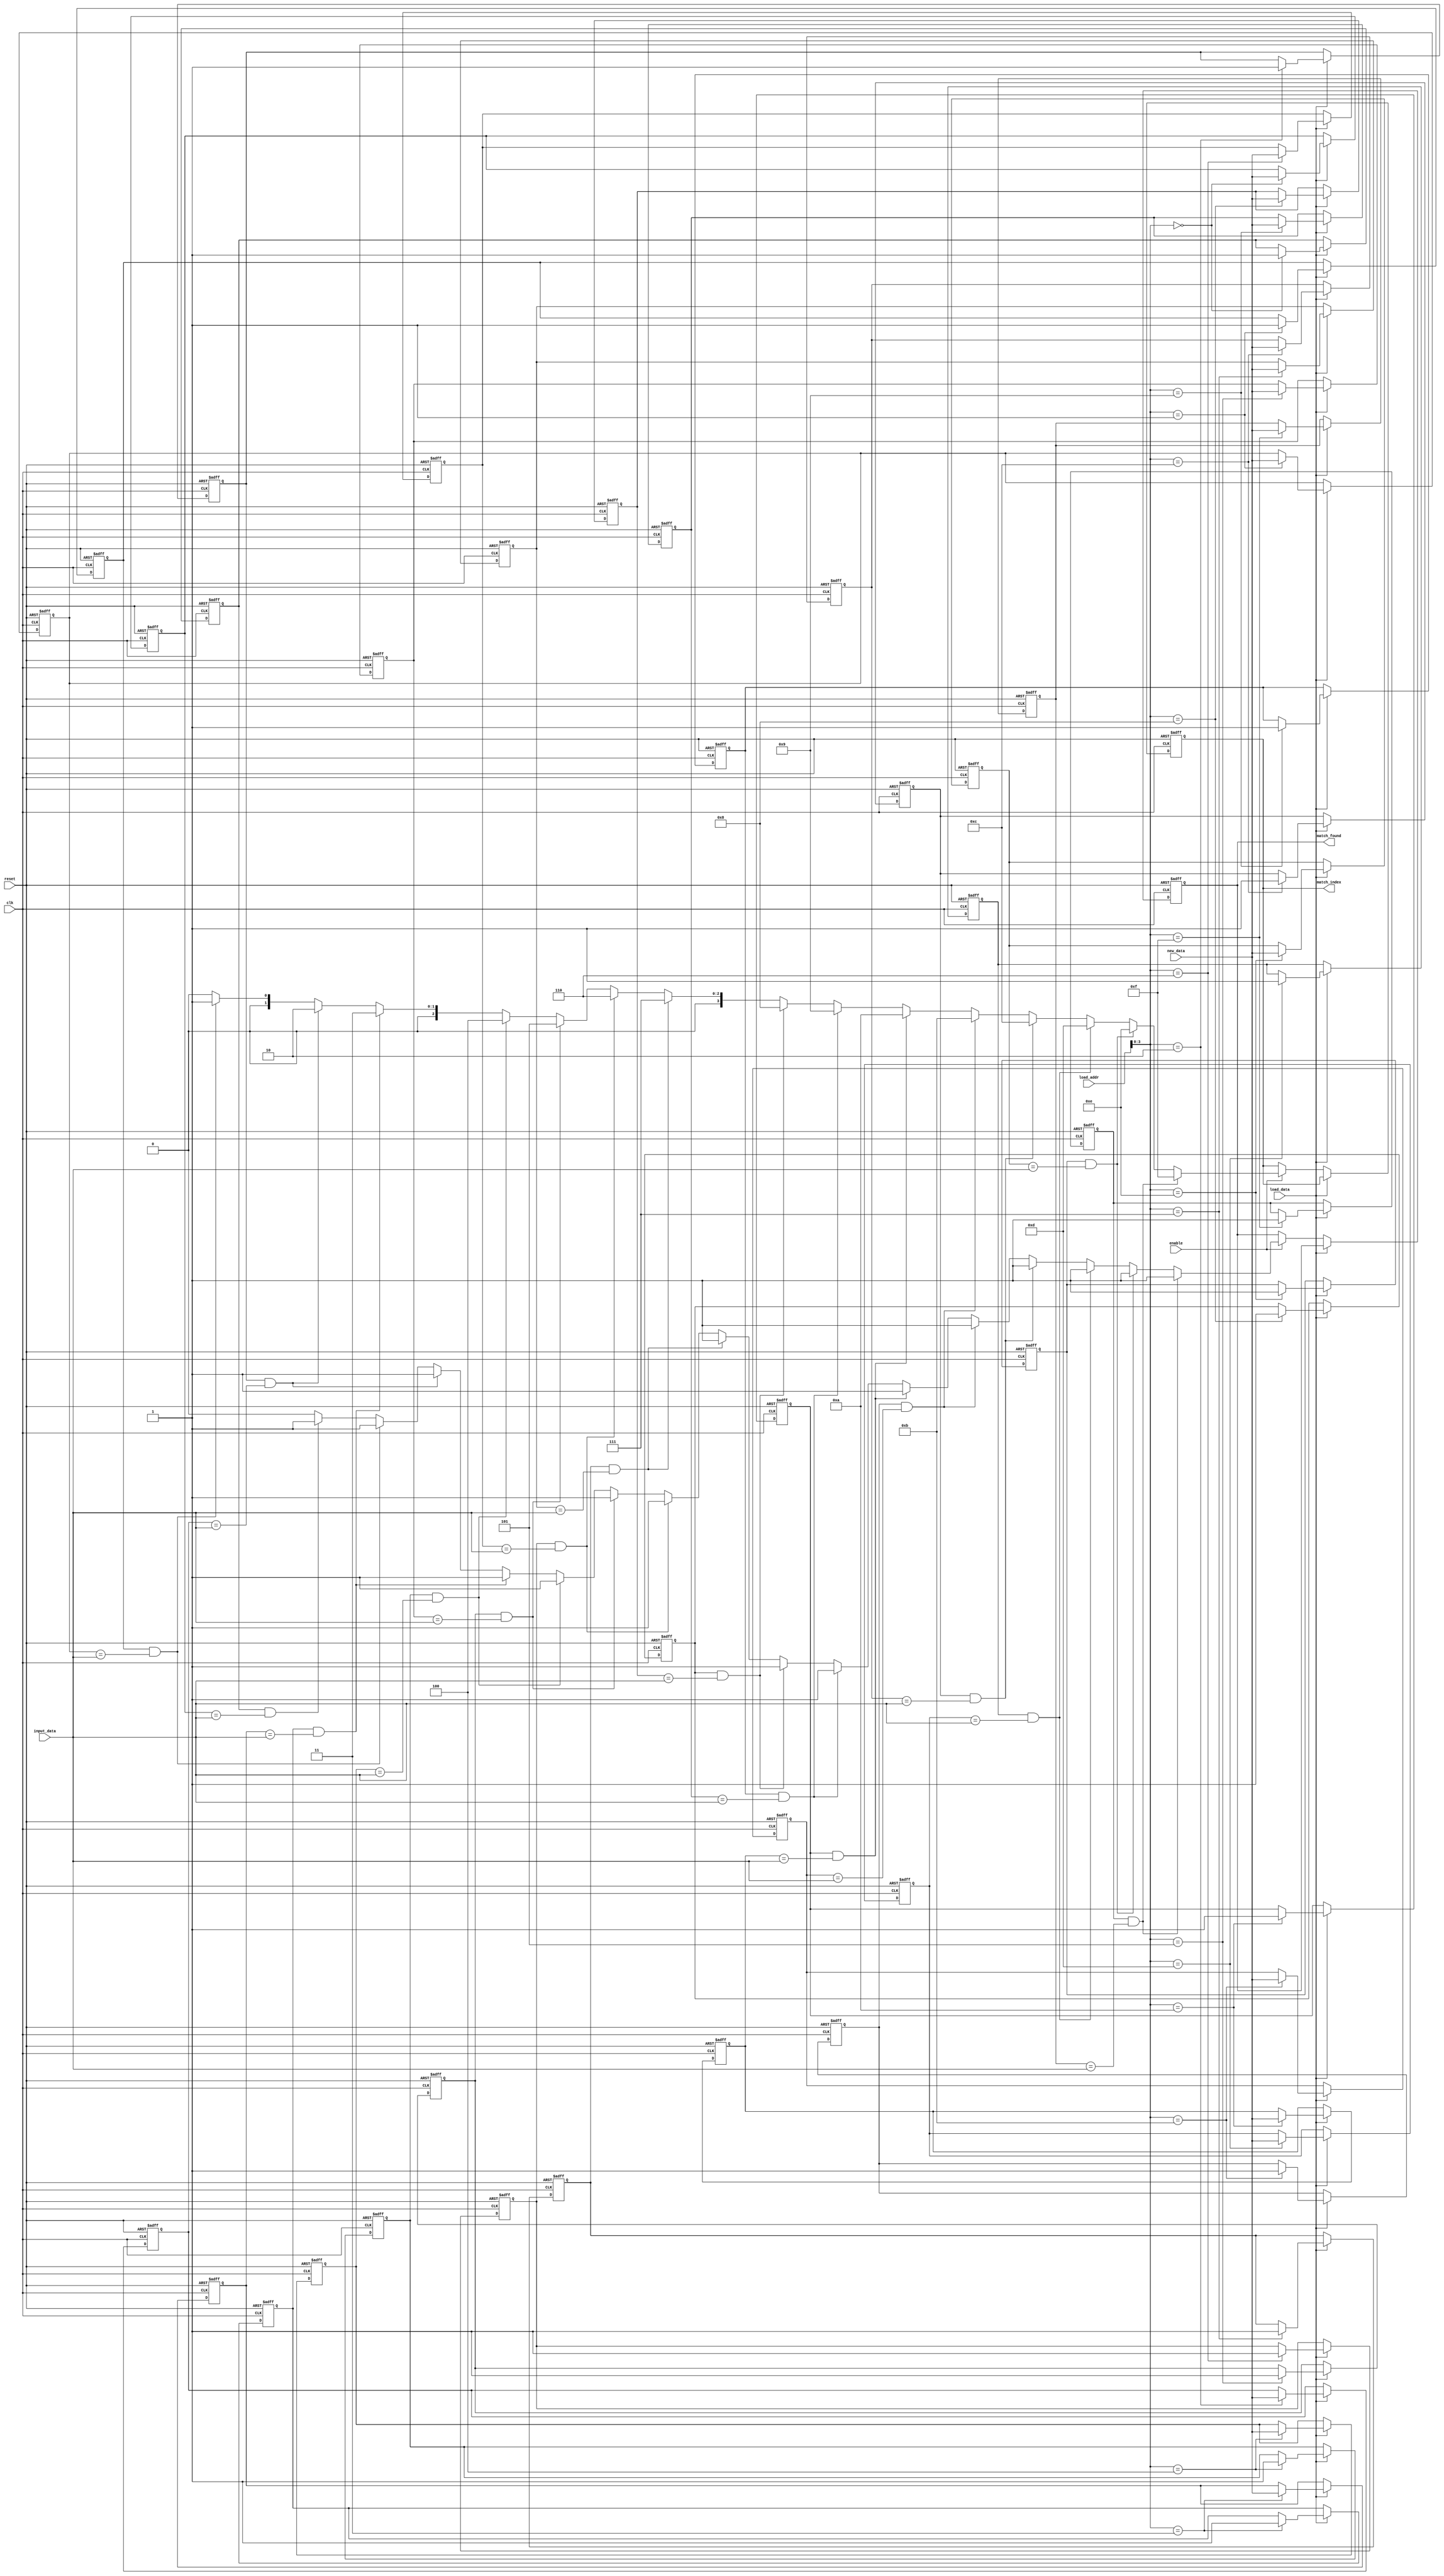
module Sequential_CAM #(
    parameter DATA_WIDTH = 8,    // Width of the data field (8, 16, 32, etc.)
    parameter NUM_ENTRIES = 16    // Number of entries in the CAM
)(
    input wire clk,               // Clock signal
    input wire enable,            // Enable signal
    input wire reset,             // Reset signal
    input wire [DATA_WIDTH-1:0] input_data, // Data to be searched
    input wire load_data,         // Signal to load new data
    input wire [DATA_WIDTH-1:0] new_data, // New data to be loaded
    input wire [NUM_ENTRIES-1:0] load_addr, // Address for loading data
    output reg match_found,       // Match output signal
    output reg [3:0] match_index  // Index of the matching entry
);

    // Memory array: Each entry has a data field and a valid bit
    reg [DATA_WIDTH-1:0] memory_array [0:NUM_ENTRIES-1];
    reg valid_bits [0:NUM_ENTRIES-1]; // Valid bits for each entry

    integer i;

    // Control Logic
    always @(posedge clk or posedge reset) begin
        if (reset) begin
            // Reset all valid bits and memory
            match_found <= 1'b0;
            match_index <= 4'b0;
            for (i = 0; i < NUM_ENTRIES; i = i + 1) begin
                valid_bits[i] <= 1'b0;
                memory_array[i] <= {DATA_WIDTH{1'b0}};
            end
        end else if (load_data) begin
            // Load new data into the specified entry
            memory_array[load_addr] <= new_data;
            valid_bits[load_addr] <= 1'b1; // Mark as valid
        end else if (enable) begin
            // Sequential search through the memory
            match_found <= 1'b0; // Reset match found signal
            match_index <= 4'b0;  // Reset match index
            for (i = 0; i < NUM_ENTRIES; i = i + 1) begin
                if (valid_bits[i] && (memory_array[i] == input_data)) begin
                    match_found <= 1'b1; // Match found
                    match_index <= i;    // Store index of the match
                end
            end
        end
    end

endmodule